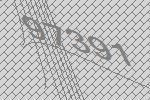
97391